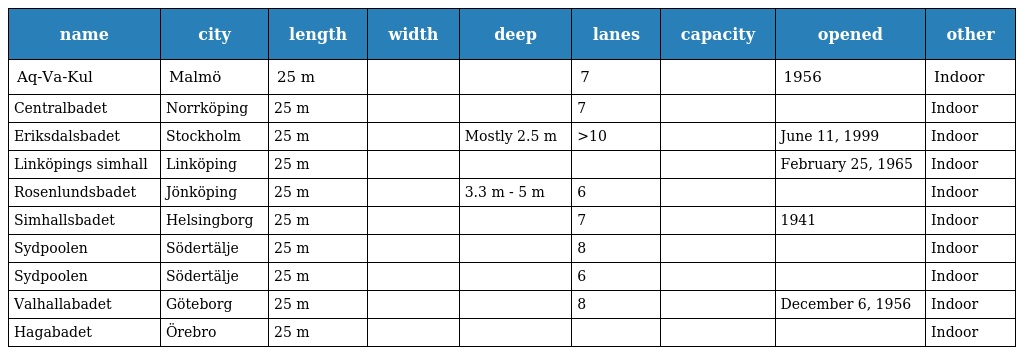
| name | city | length | width | deep | lanes | capacity | opened | other |
 | --- | --- | --- | --- | --- | --- | --- | --- | --- |
 | Aq-Va-Kul | Malmö | 25 m |  |  | 7 |  | 1956 | Indoor |
 | Centralbadet | Norrköping | 25 m |  |  | 7 |  |  | Indoor |
 | Eriksdalsbadet | Stockholm | 25 m |  | Mostly 2.5 m | >10 |  | June 11, 1999 | Indoor |
 | Linköpings simhall | Linköping | 25 m |  |  |  |  | February 25, 1965 | Indoor |
 | Rosenlundsbadet | Jönköping | 25 m |  | 3.3 m - 5 m | 6 |  |  | Indoor |
 | Simhallsbadet | Helsingborg | 25 m |  |  | 7 |  | 1941 | Indoor |
 | Sydpoolen | Södertälje | 25 m |  |  | 8 |  |  | Indoor |
 | Sydpoolen | Södertälje | 25 m |  |  | 6 |  |  | Indoor |
 | Valhallabadet | Göteborg | 25 m |  |  | 8 |  | December 6, 1956 | Indoor |
 | Hagabadet | Örebro | 25 m |  |  |  |  |  | Indoor |